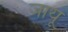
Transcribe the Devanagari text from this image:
जायू